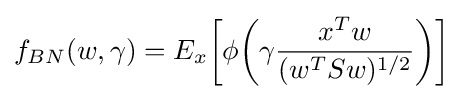
f_{BN}(w,\gamma )=E_{x}{\bigg [}\phi {\bigg (}\gamma {\frac {x^{T}w}{(w^{T}Sw)^{1/2}}}{\bigg )}{\bigg ]}